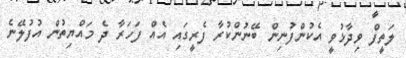
ލަތީފް ވިދާޅުވީ އެކުންފުނިން ބޭނުންކުރާ ފެރީގައި އެއް ފަހަރާ ދެ މައްޔިތުން އުފުލޭނެ